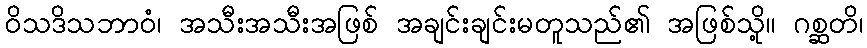
ဝိသဒိသဘာဝံ၊ အသီးအသီးအဖြစ် အချင်းချင်းမတူသည်၏ အဖြစ်သို့။ ဂစ္ဆတိ၊